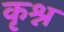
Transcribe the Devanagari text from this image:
कृश्न